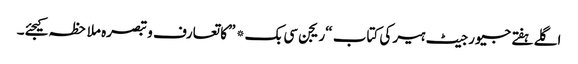
اگلے ہفتے جیورجیٹ ہیر کی کتاب “ریجن سی بک* ” کا تعارف و تبصرہ ملاحظہ کیجئے۔